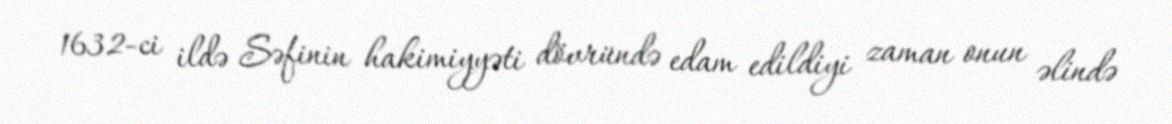
1632-ci ildə Səfinin hakimiyyəti dövründə edam edildiyi zaman onun əlində